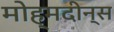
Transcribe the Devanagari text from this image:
मोह्मदीन्स